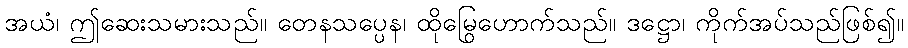
အယံ၊ ဤဆေးသမားသည်။ တေနသပ္ပေန၊ ထိုမြွေဟောက်သည်။ ဒဋ္ဌော၊ ကိုက်အပ်သည်ဖြစ်၍။